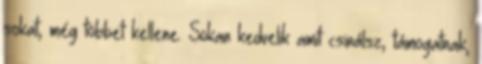
sokat, még többet kellene. Sokan kedvelik amit csinálsz, támogatnak,